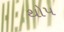
થોપ